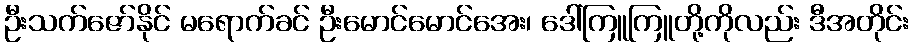
ဦးသက်ဇော်နိုင် မရောက်ခင် ဦးမောင်မောင်အေး၊ ဒေါ်ကြူကြူတို့ကိုလည်း ဒီအတိုင်း